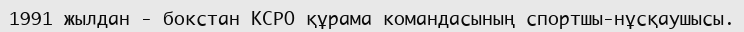
1991 жылдан - бокстан КСРО құрама командасының спортшы-нұсқаушысы.